Civil Veterinary Department. United Provinces 1932-42 - 1932-1942
Year: 1932
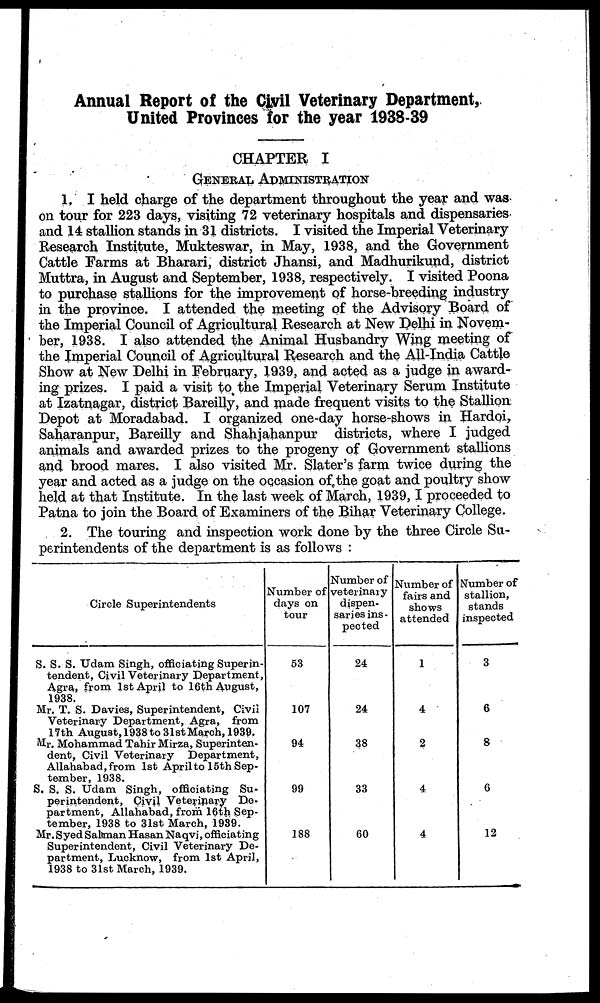
Annual Report of the Civil Veterinary Department,
United Provinces for the year 1938-39
CHAPTER I
GENERAL ADMINISTRATION
1. I held charge of the department throughout the year and was
on tour for 223 days, visiting 72 veterinary hospitals and dispensaries
and 14 stallion stands in 31 districts. I visited the Imperial Veterinary
Research Institute, Mukteswar, in May, 1938, and the Government
Cattle Farms at Bharari, district Jhansi, and Madhurikund, district
Muttra, in August and September, 1938, respectively. I visited Poona
to purchase stallions for the improvement of horse-breeding industry
in the province. I attended the meeting of the Advisory Board of
the Imperial Council of Agricultural Research at New Delhi in Novem-
ber, 1938. I also attended the Animal Husbandry Wing meeting of
the Imperial Council of Agricultural Research and the All-India Cattle
Show at New Delhi in February, 1939, and acted as a judge in award-
ing prizes. I paid a visit to the Imperial Veterinary Serum Institute
at Izatnagar, district Bareilly, and made frequent visits to the Stallion
Depot at Moradabad. I organized one-day horse-shows in Hardoi,
Saharanpur, Bareilly and Shahjahanpur districts, where I judged
animals and awarded prizes to the progeny of Government stallions
and brood mares. I also visited Mr. Slater's farm twice during the
year and acted as a judge on the occasion of the goat and poultry show
held at that Institute. In the last week of March, 1939, I proceeded to
Patna to join the Board of Examiners of the Bihar Veterinary College.
2. The touring and inspection work done by the three Circle Su-
perintendents of the department is as follows :
Circle Superintendents
S. S. S. Udam Singh, officiating Superin-
tendent, Civil Veterinary Department,
Agra, from 1st April to 16th August,
1938.
Mr. T. S. Davies, Superintendent, Civil
Veterinary Department, Agra, from
17th August, 1938 to 31st March, 1939.
Mr. Mohammad Tahir Mirza, Superinten-
dent, Civil Veterinary Department,
Allahabad, from 1st April to 15th Sep-
tember, 1938.
S. S. S. Udam Singh, officiating Su-
perintendent, Civil Veterinary De-
partment, Allahabad, from 16th Sep-
tember, 1938 to 31st March, 1939.
Mr. Syed Salman Hasan Naqvi, officiating
Superintendent, Civil Veterinary De-
partment, Lucknow, from 1st April,
1938 to 31st March, 1939.
Number of
days on
tour
53
107
94
99
188
Number of
veterinary
dispen-
saries ins-
pected
24
24
38
33
60
Number of
fairs and
shows
attended
1
4
2
4
4
Number of
stallion,
stands
inspected
3
6
8
6
12